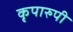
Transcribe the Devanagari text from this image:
कृपारुपी